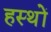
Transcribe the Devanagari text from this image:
हस्थों